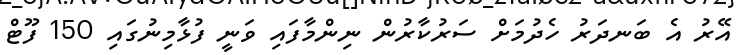
އޭރު އެ ބަނދަރު ހެދުމަށް ސަރުކާރުން ނިންމާފައި ވަނީ ފުޅާމިނުގައި 150 ފޫޓް